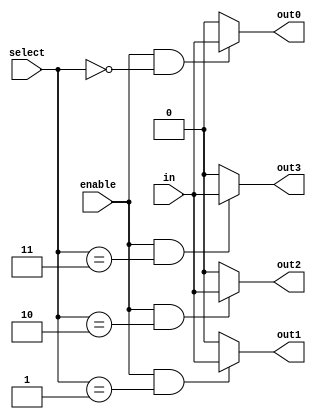
module demux_1to4 (
    input wire enable,
    input wire [1:0] select,
    input wire in,
    output wire out0,
    output wire out1,
    output wire out2,
    output wire out3
);

assign out0 = (enable && select == 2'b00) ? in : 1'b0;
assign out1 = (enable && select == 2'b01) ? in : 1'b0;
assign out2 = (enable && select == 2'b10) ? in : 1'b0;
assign out3 = (enable && select == 2'b11) ? in : 1'b0;

endmodule